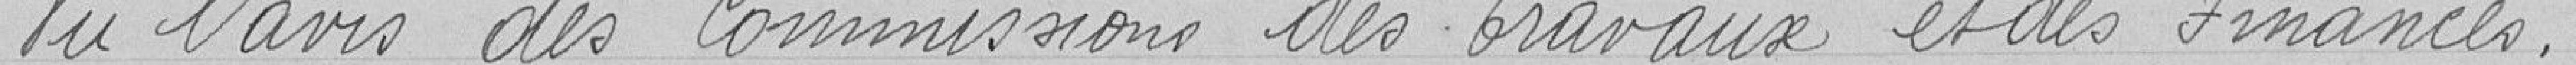
Vu l'avis des commissions des Travaux et des Finances,